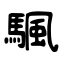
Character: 颿